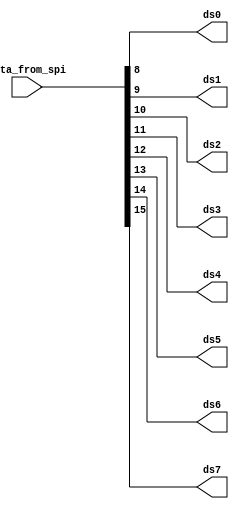
///////////////////////////////////////////////////////////////////////////////////////////////////
// Company: <Name>
//
// File history:
//      <Revision number>: <Date>: <Comments>
//      <Revision number>: <Date>: <Comments>
//      <Revision number>: <Date>: <Comments>
//
// Description: 
//
// <Description here>
//
// Targeted device: <Family::ProASIC3L> <Die::M1A3P1000L> <Package::484 FBGA>
//
/////////////////////////////////////////////////////////////////////////////////////////////////// 

//`timescale <time_units> / <precision>

module spi_data_out( data_from_spi,ds0, ds1,ds2,ds3,ds4,ds5,ds6,ds7 );
input [79:0] data_from_spi;
output ds0,ds1,ds2,ds3,ds4,ds5,ds6,ds7;

assign ds0 = data_from_spi[8];
assign ds1 = data_from_spi[9];
assign ds2 = data_from_spi[10];
assign ds3 = data_from_spi[11];
assign ds4 = data_from_spi[12];
assign ds5 = data_from_spi[13];
assign ds6 = data_from_spi[14];
assign ds7 = data_from_spi[15];

endmodule